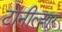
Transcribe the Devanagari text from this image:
टोनील्शूर